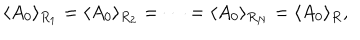
LaTeX: \langle A _ { 0 } \rangle _ { R _ { 1 } } = \langle A _ { 0 } \rangle _ { R _ { 2 } } = \cdots = \langle A _ { 0 } \rangle _ { R _ { N } } = \langle A _ { 0 } \rangle _ { R } ,